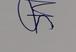
Signature authenticity: genuine